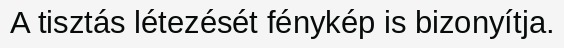
A tisztás létezését fénykép is bizonyítja.